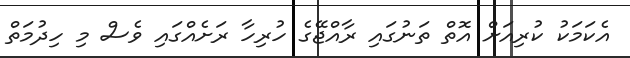
އެކަމަކު ކުރިއަށް އޮތް ތަނުގައި ރާއްޖޭގެ ހުރިހާ ރަށެއްގައި ވެސް މި ހިދުމަތް